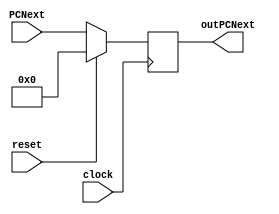
//-------------------------------------------------------
// Type: module
// Department: Ciencias da computao - UFV-Florestal
// Author's Email: joao.andrade1@ufv.br, mateus.h.figueredo@ufv.br, vitor.lacerda@ufv.br
//-------------------------------------------------------
// Release history
// Version Date            Description
// 0.1     01/07/2022      Archive creation
// 0.2     02/07/2022      Version with code
//-------------------------------------------------------
// Keywords:   counter, clock, count
//-------------------------------------------------------
// Purpose:    Counter

module ProgramCounter(
    outPCNext,
    PCNext,
    reset,
    clock
);

    output reg[31:0] outPCNext; // PC next to the instruction memory

    input[31:0] PCNext;         // PC next from the and multplexer
    input reset;                // Reset signal from datapath
    input clock;                // CLock from the datapath

    initial
        begin
            outPCNext <= 32'b0;
        end

    // Check if the PC needs to reset or reads the next pc
    always @(posedge clock)
        begin
            if (reset) // If reset signal is activated, we set the PC back to 0.
                begin
                    outPCNext <= 32'b0;
                end
            else
                begin
                    outPCNext <= PCNext;
                end
        end

endmodule